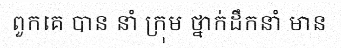
ពួកគេ បាន នាំ ក្រុម ថ្នាក់ដឹកនាំ មាន